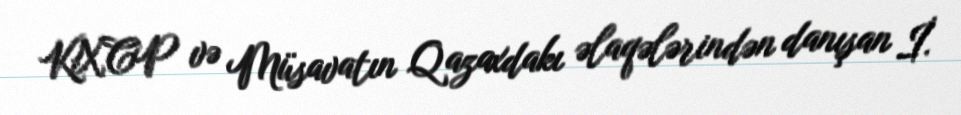
KXCP və Müsavatın Qazaxdakı əlaqələrindən danışan İ.